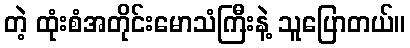
တဲ့ ထုံးစံအတိုင်းမောသံကြီးနဲ့ သူပြောတယ်။